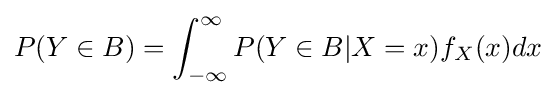
P(Y\in B)=\int _{-\infty }^{\infty }P(Y\in B|X=x)f_{X}(x)dx